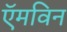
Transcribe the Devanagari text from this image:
ऍमविन